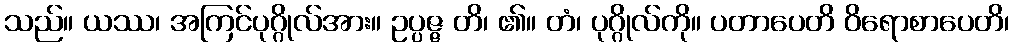
သည်။ ယဿ၊ အကြင်ပုဂ္ဂိုလ်အား။ ဥပ္ပဇ္ဇ တိ၊ ၏။ တံ၊ ပုဂ္ဂိုလ်ကို။ ပတာပေတိ ဝိရောစာပေတိ၊